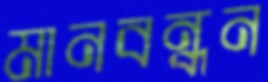
মানবন্ধন